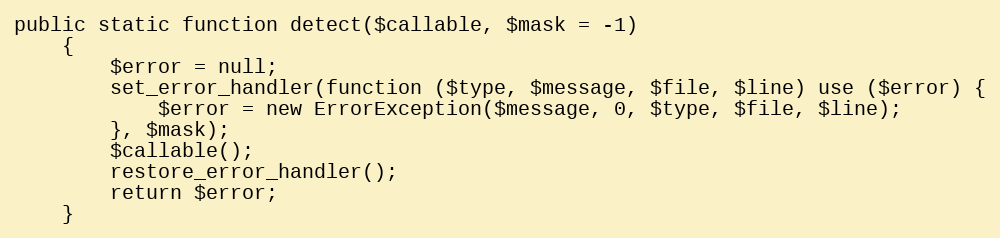
Language: PHP
public static function detect($callable, $mask = -1)
    {
        $error = null;
        set_error_handler(function ($type, $message, $file, $line) use ($error) {
            $error = new ErrorException($message, 0, $type, $file, $line);
        }, $mask);
        $callable();
        restore_error_handler();
        return $error;
    }